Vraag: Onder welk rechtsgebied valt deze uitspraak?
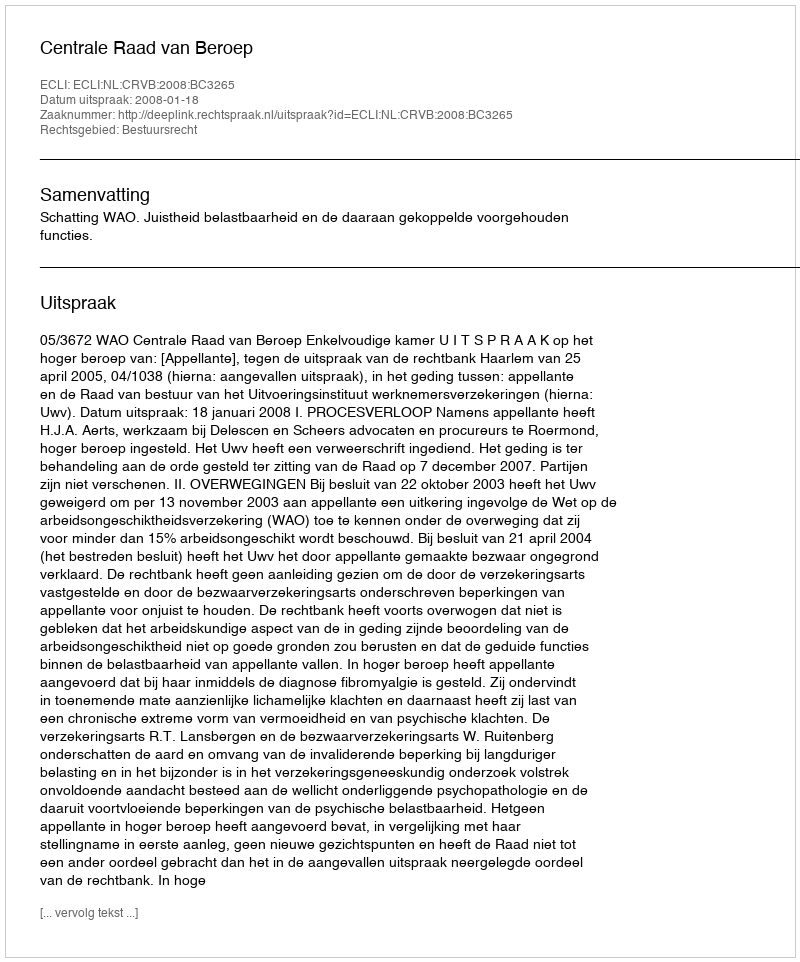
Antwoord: Bestuursrecht